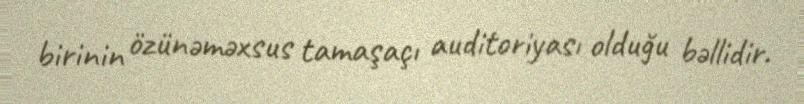
birinin özünəməxsus tamaşaçı auditoriyası olduğu bəllidir.